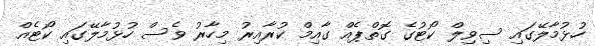
ހުޅުމާލޭގައި ސިވިލް ކޯޓުގެ ގޮތްޕެއް ގާއިމް ކުރާއިރު މިހާރު ވެސް ހުޅުމާލޭގައި ކޯޓެއް